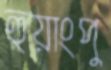
হুয়াংপু